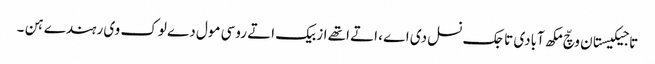
تاجیکیستان وچّ مکھ آبادی تاجک نسل دی اے ، اتے اتھے ازبیک اتے روسی مول دے لوک وی رہندے ہن ۔